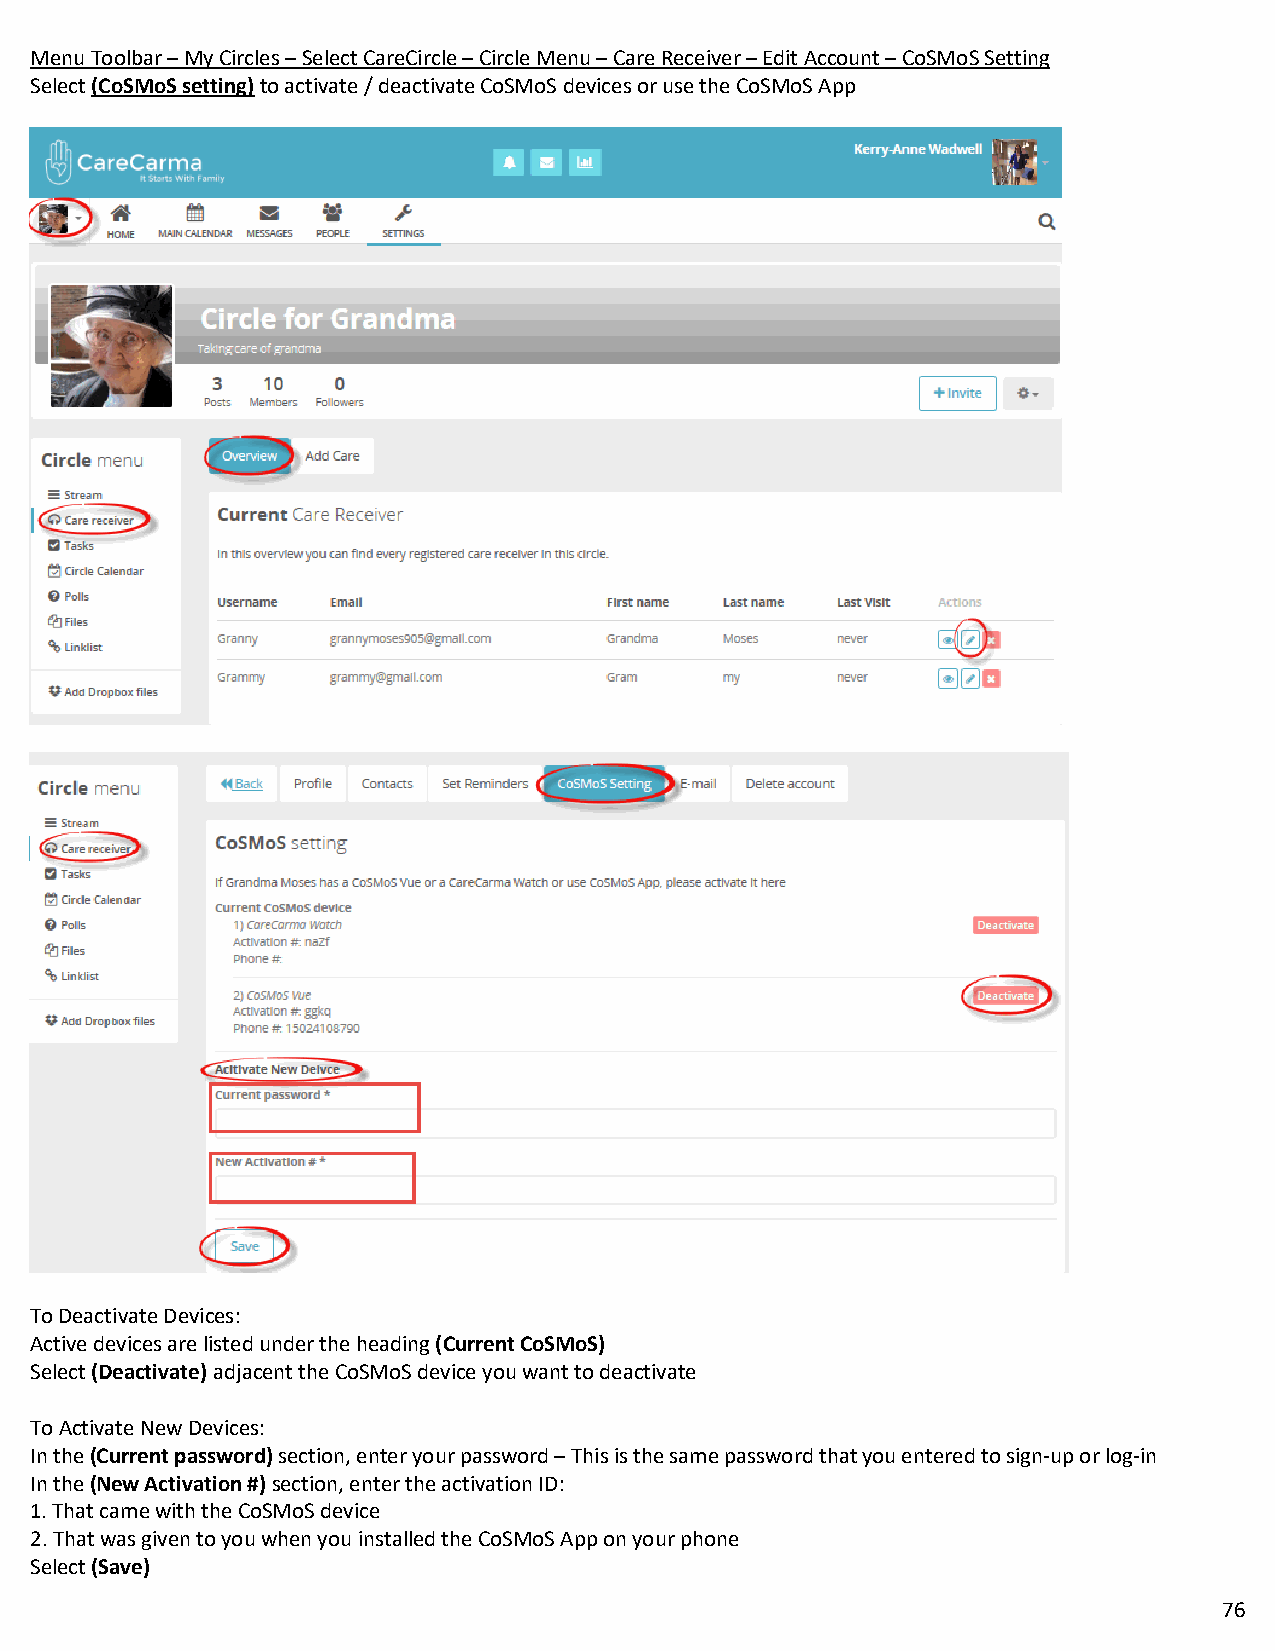
Menu Toolbar – My Circles – Select CareCircle – Circle Menu – Care Receiver – Edit Account – CoSMoS Setting
 Select (CoSMoS setting) to activate / deactivate CoSMoS devices or use the CoSMoS App
 To Deactivate Devices:
 Active devices are listed under the heading (Current CoSMoS)
 Select (Deactivate) adjacent the CoSMoS device you want to deactivate
 To Activate New Devices:
 In the (Current password) section, enter your password – This is the same password that you entered to sign-up or log-in
 In the (New Activation #) section, enter the activation ID:
 1. That came with the CoSMoS device
 2. That was given to you when you installed the CoSMoS App on your phone
 Select (Save)
 76